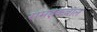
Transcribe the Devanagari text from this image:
रामइकबाल